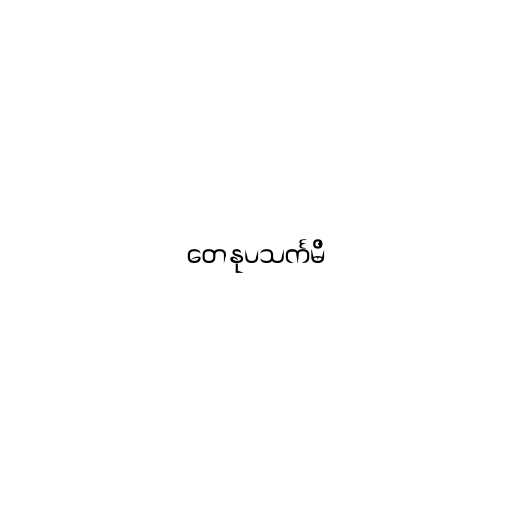
တေနုပသင်္ကမိ